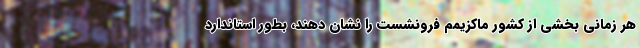
هر زمانی بخشی از کشور ماکزیمم فرونشست را نشان دهند، بطور استاندارد